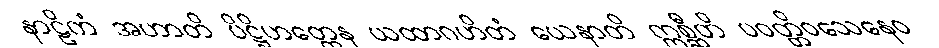
နာဠိကံ အဟာတိ ပိဋ္ဌိဟတ္ထေန ယထာဂဟိတံ ယေနာတိ ဣစ္ဆီတိ ပဝတ္တိဝသေနေဝ